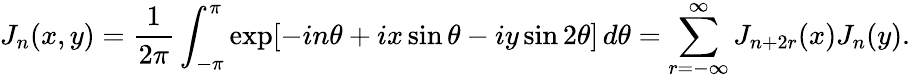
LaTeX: J_{n}(x,y)=\frac{1}{2\pi}\int_{-\pi}^{\pi}\exp[-in\theta+ix\sin\theta-iy\sin 2\theta]\, d\theta=\sum_{r=-\infty}^{\infty}J_{n+2r}(x)J_{n}(y).